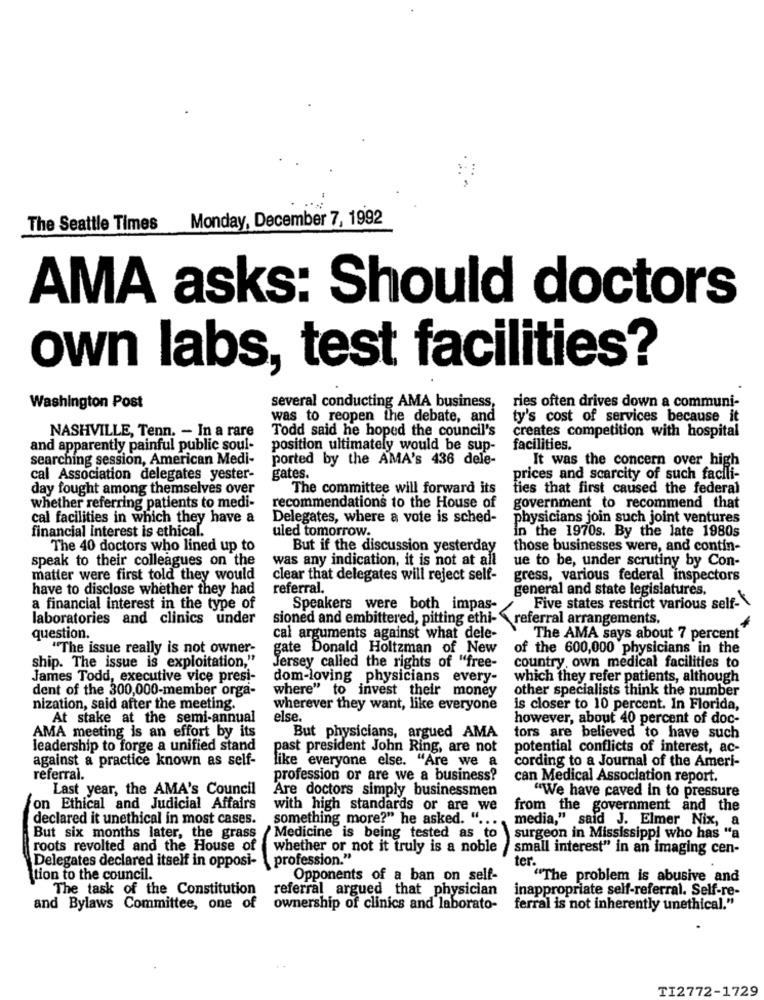
Monday, December 7, 1992
The Seattle Times
AMA asks: Should doctors
own labs, test facilities?
several conducting AMA business,
Washington Post
ries often drives down a communi-
was to reopen the debate, and
ty's cost of services because it
NASHVILLE, Tenn. - In a rare
Todd said he hoped the council's
creates competition with hospital
and apparently painful public soul-
position ultimately would be sup-
facilities.
searching session, American Medi-
ported by the AMA's 436 dele-
It was the concern over high
gates.
cal Association delegates yester-
prices and scarcity of such facili-
day fought among themselves over
The committee will forward its
fies that first caused the federal
whether referring patients to medi-
recommendations to the House of
government to recommend that
cal facilities in which they have a
Delegates, where a vote is sched-
physicians join such joint ventures
financial interest is ethical.
uled tomorrow.
in the 1970s. By the late 1980s
The 40 doctors who lined up to
But if the discussion yesterday
those businesses were, and contin-
speak to their colleagues on the
was any indication, it is not at all
ue to be, under scrutiny by Con-
matter were first told they would
clear that delegates will reject self-
gress, various federal inspectors
have to disclose whether they had
referral.
general and state legislatures.
a financial interest in the type of
Speakers were both impas-
Five states restrict various self-
laboratories and clinics under
sioned and embittered, pitting ethi-
referral arrangements.
question.
cal arguments against what dele-
The AMA says about 7 percent
"The issue really is not owner-
gate Donald Holtzman of New
of the 600,000 physicians in the
ship. The issue is exploitation,"
Jersey called the rights of "free-
country, own medical facilities to
James Todd, executive vice presi-
dom-loving physicians every-
which they refer patients, although
dent of the 300,000-member orga-
where" to invest their money
other specialists think the number
nization, said after the meeting.
wherever they want, like everyone
is closer to 10 percent. In Florida,
At stake at the semi-annual
else.
however, about 40 percent of doc-
AMA meeting is an effort by its
But physicians, argued AMA
tors are believed to have such
leadership to forge a unified stand
past president John Ring, are not
potential conflicts of interest, ac-
against a practice known as self-
cording to a Journal of the Ameri-
like everyone else. "Are we a
referral.
profession or are we a business?
can Medical Association report.
Last year, the AMA's Council
Are doctors simply businessmen
"We have caved in to pressure
on Ethical and Judicial Affairs
with high standards or are we
from the government and the
declared it unethical in most cases.
something more?" he asked. ".
media," said J. Elmer Nix, a
Medicine is being tested as to
But six months later, the grass
surgeon in Mississippi who has "a
roots revolted and the House of
whether or not it truly is a noble
small interest" in an imaging cen-
Delegates declared itself in opposi-
profession."
ter.
tion to the council.
Opponents of a ban on self-
"The problem is abusive and
The task of the Constitution
referral argued that physician
inappropriate self-referral. Self-re-
and Bylaws Committee, one of
ownership of clinics and laborato-
ferral is not inherently unethical."
..
TI2772-1729